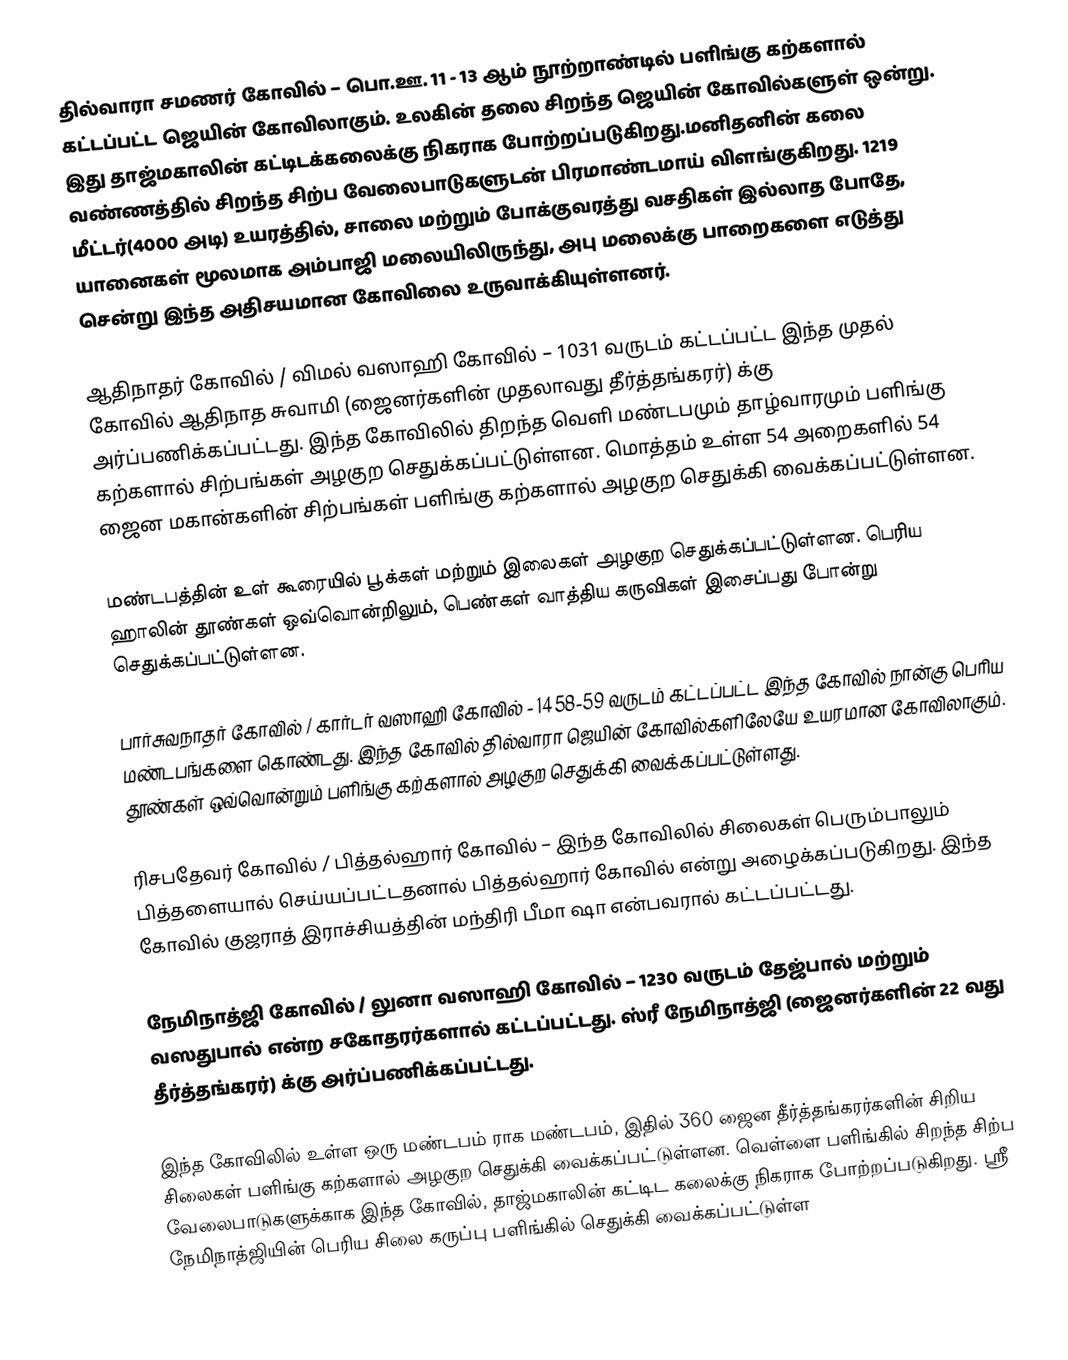
தில்வாரா சமணர் கோவில் – பொ.ஊ. 11 - 13 ஆம் நூற்றாண்டில் பளிங்கு கற்களால் கட்டப்பட்ட ஜெயின் கோவிலாகும். உலகின் தலை சிறந்த ஜெயின் கோவில்களுள் ஒன்று. இது தாஜ்மகாலின் கட்டிடக்கலைக்கு நிகராக போற்றப்படுகிறது.மனிதனின் கலை வண்ணத்தில் சிறந்த சிற்ப வேலைபாடுகளுடன் பிரமாண்டமாய் விளங்குகிறது. 1219 மீட்டர்(4000 அடி) உயரத்தில், சாலை மற்றும் போக்குவரத்து வசதிகள் இல்லாத போதே, யானைகள் மூலமாக அம்பாஜி மலையிலிருந்து, அபு மலைக்கு பாறைகளை எடுத்து சென்று இந்த அதிசயமான கோவிலை உருவாக்கியுள்ளனர்.

 ஆதிநாதர் கோவில் / விமல் வஸாஹி கோவில் – 1031 வருடம் கட்டப்பட்ட இந்த முதல் கோவில் ஆதிநாத சுவாமி (ஜைனர்களின் முதலாவது தீர்த்தங்கரர்) க்கு அர்ப்பணிக்கப்பட்டது. இந்த கோவிலில் திறந்த வெளி மண்டபமும் தாழ்வாரமும் பளிங்கு கற்களால் சிற்பங்கள் அழகுற செதுக்கப்பட்டுள்ளன. மொத்தம் உள்ள 54 அறைகளில் 54 ஜைன மகான்களின் சிற்பங்கள் பளிங்கு கற்களால் அழகுற செதுக்கி வைக்கப்பட்டுள்ளன.

மண்டபத்தின் உள் கூரையில் பூக்கள் மற்றும் இலைகள் அழகுற செதுக்கப்பட்டுள்ளன. பெரிய ஹாலின் தூண்கள் ஒவ்வொன்றிலும், பெண்கள் வாத்திய கருவிகள் இசைப்பது போன்று செதுக்கப்பட்டுள்ளன.

 பார்சுவநாதர் கோவில் / கார்டர் வஸாஹி கோவில் - 1458-59 வருடம் கட்டப்பட்ட இந்த கோவில் நான்கு பெரிய மண்டபங்களை கொண்டது. இந்த கோவில் தில்வாரா ஜெயின் கோவில்களிலேயே உயரமான கோவிலாகும். தூண்கள் ஒவ்வொன்றும் பளிங்கு கற்களால் அழகுற செதுக்கி வைக்கப்பட்டுள்ளது.

 ரிசபதேவர் கோவில் / பித்தல்ஹார் கோவில் – இந்த கோவிலில் சிலைகள் பெரும்பாலும் பித்தளையால் செய்யப்பட்டதனால் பித்தல்ஹார் கோவில் என்று அழைக்கப்படுகிறது. இந்த கோவில் குஜராத் இராச்சியத்தின் மந்திரி பீமா ஷா என்பவரால் கட்டப்பட்டது.

 நேமிநாத்ஜி கோவில் / லுனா வஸாஹி கோவில் – 1230 வருடம் தேஜ்பால் மற்றும் வஸதுபால் என்ற சகோதரர்களால் கட்டப்பட்டது. ஸ்ரீ நேமிநாத்ஜி (ஜைனர்களின் 22 வது தீர்த்தங்கரர்) க்கு அர்ப்பணிக்கப்பட்டது.

இந்த கோவிலில் உள்ள ஒரு மண்டபம் ராக மண்டபம், இதில் 360  ஜைன தீர்த்தங்கரர்களின் சிறிய சிலைகள் பளிங்கு கற்களால் அழகுற செதுக்கி வைக்கப்பட்டுள்ளன. வெள்ளை பளிங்கில் சிறந்த சிற்ப வேலைபாடுகளுக்காக இந்த கோவில், தாஜ்மகாலின் கட்டிட கலைக்கு நிகராக போற்றப்படுகிறது. ஸ்ரீ நேமிநாத்ஜியின் பெரிய சிலை கருப்பு பளிங்கில் செதுக்கி வைக்கப்பட்டுள்ள